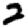
Digit: 2